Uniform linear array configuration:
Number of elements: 32
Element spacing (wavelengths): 1
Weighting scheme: exponential
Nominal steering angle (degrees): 15
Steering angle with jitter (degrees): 15.194
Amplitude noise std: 0.05
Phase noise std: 0.05

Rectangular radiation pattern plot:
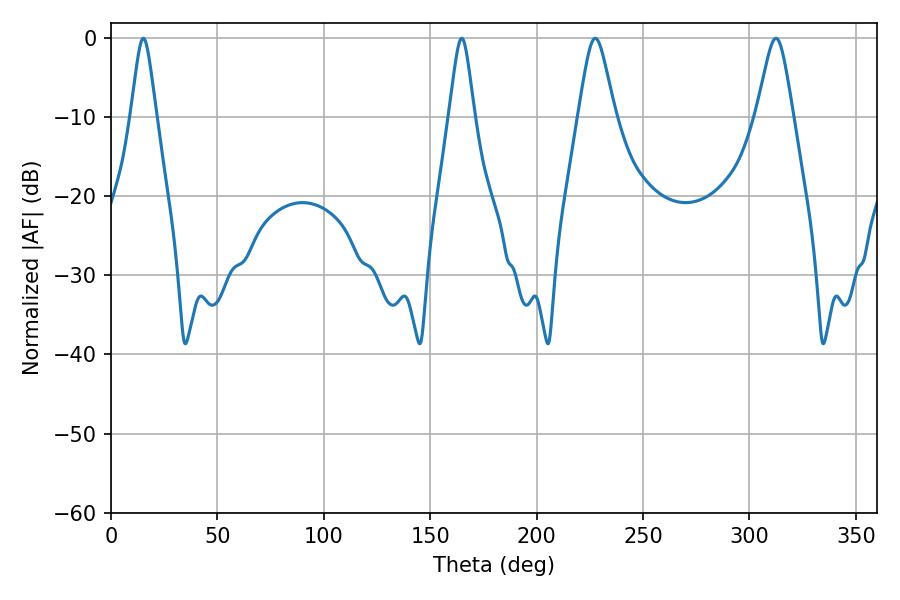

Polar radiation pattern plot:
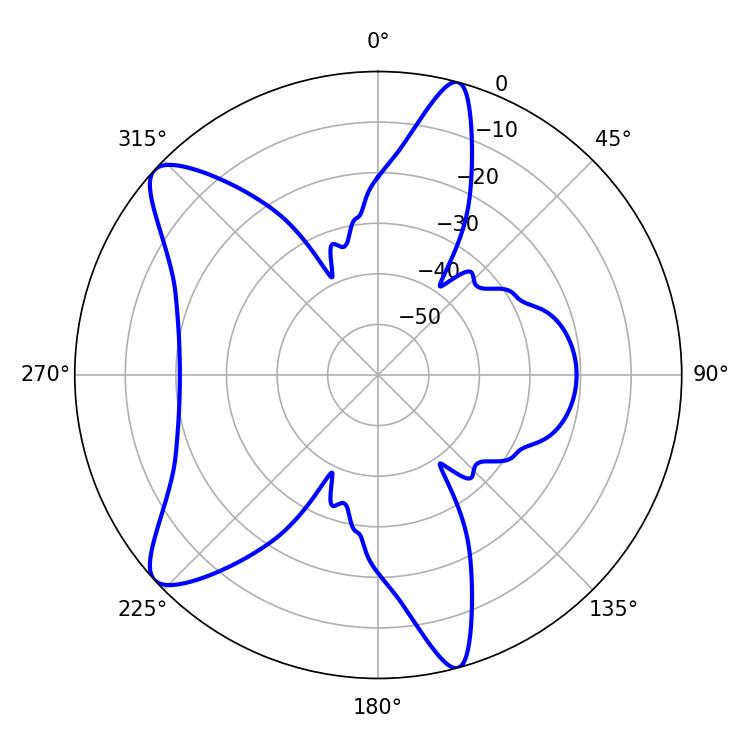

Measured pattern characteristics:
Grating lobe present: TRUE
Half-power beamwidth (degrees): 8.28
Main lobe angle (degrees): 227.52